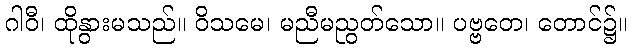
ဂါဝီ၊ ထိုနွားမသည်။ ဝိသမေ၊ မညီမညွတ်သော။ ပဗ္ဗတေ၊ တောင်၌။